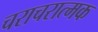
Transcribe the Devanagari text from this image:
चराचरात्मक